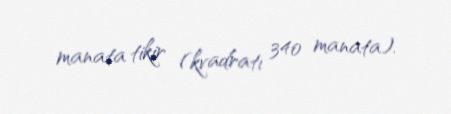
manata tikir (kvadratı 340 manata).